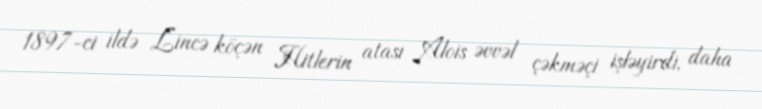
1897-ci ildə Lincə köçən Hitlerin atası Alois əvvəl çəkməçi işləyirdi, daha